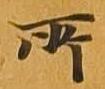
所